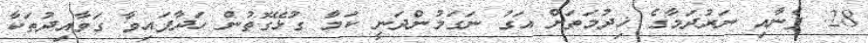
28. ފެނާއި ނަރުދަމާގެ ޚިދުމަތަށް އަގު ނަގަމުންދަނީ ކަމާ ގުޅޭގޮތުން ހަދާފައިވާ ގަވާއިދުތަކާ